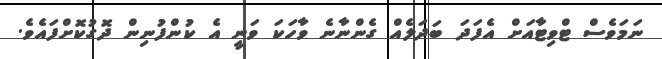
ނަމަވެސް ޓްވިޓާއަށް އެފަދަ ބަދަލެއް ގެންނާނެ ވާހަކަ ވަނީ އެ ކުންފުނިން ދޮގުކޮށްފައެވެ.